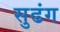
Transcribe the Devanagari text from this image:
सुढंग